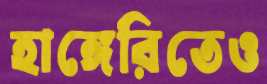
হাঙ্গেরিতেও